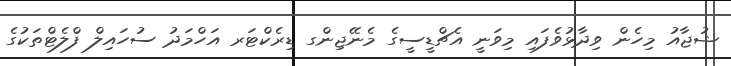
ޝުޖާއު މިހެން ވިދާޅުވެފައި މިވަނީ އެޗްޑީސީގެ މެނޭޖިންގ ޑިރެކްޓަރ އަހްމަދު ސުހައިލް ފްލެޓްތަކުގެ